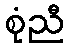
စုံညီ